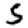
Digit: 5